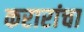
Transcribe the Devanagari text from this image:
करारांचा